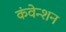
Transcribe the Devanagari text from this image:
कंवेन्शन